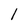
Character: l